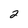
Character: 2